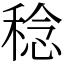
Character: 稔